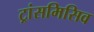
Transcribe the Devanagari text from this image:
ट्रांसमिसिव